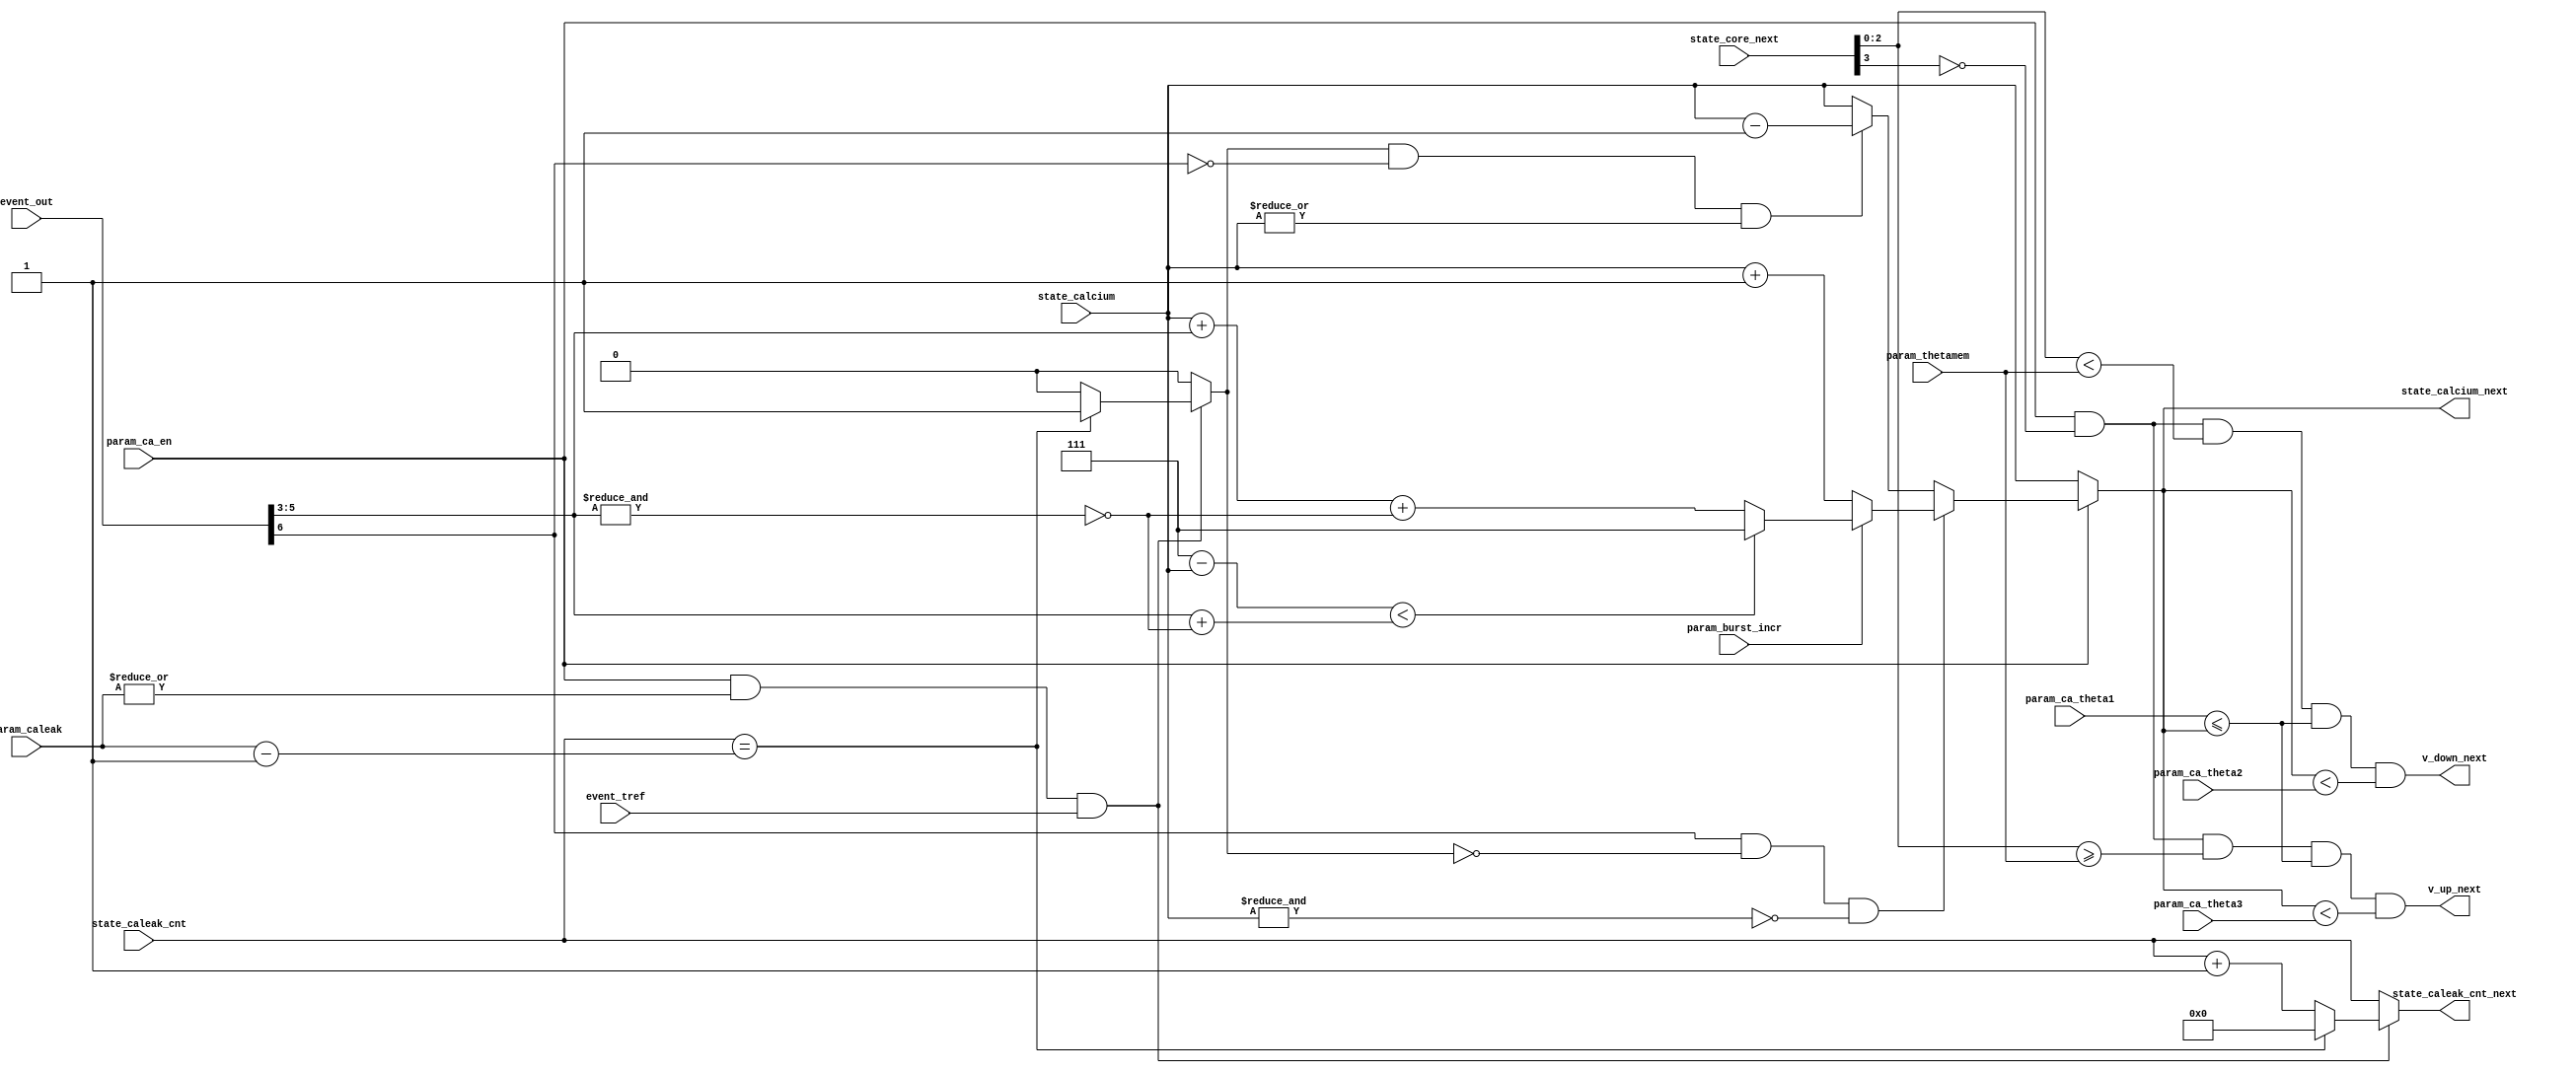
module izh_calcium ( 
    input  wire                 param_ca_en,             // calcium concentration enable parameter                                     [SDSP]
    input  wire [          2:0] param_thetamem,          // membrane threshold parameter                                               [SDSP]
    input  wire [          2:0] param_ca_theta1,         // calcium threshold 1 parameter                                              [SDSP]
    input  wire [          2:0] param_ca_theta2,         // calcium threshold 2 parameter                                              [SDSP]
    input  wire [          2:0] param_ca_theta3,         // calcium threshold 3 parameter                                              [SDSP]
    input  wire [          4:0] param_caleak,            // calcium leakage strength parameter                                         [SDSP]
    input  wire                 param_burst_incr,        // effective threshold and calcium incrementation by burst amount parameter  ([SDSP])
    input  wire [          2:0] state_calcium,           // calcium concentration state from SRAM                                      [SDSP]
    input  wire [          4:0] state_caleak_cnt,        // calcium leakage state from SRAM                                            [SDSP]
    input  wire [          3:0] state_core_next,         // next membrane potential state to SRAM
    input  wire [          6:0] event_out,               // neuron spike event output 
    input  wire                 event_tref,              // time reference event signal
    output wire                 v_up_next,               // next SDSP UP condition value                                               [SDSP]
    output wire                 v_down_next,             // next SDSP DOWN condition value                                             [SDSP]
    output reg  [          2:0] state_calcium_next,      // next calcium concentration state to SRAM                                   [SDSP]
    output reg  [          4:0] state_caleak_cnt_next    // next calcium leakage state to SRAM                                         [SDSP]
);


    reg    ca_leak;
    wire   spike_out;

    assign spike_out   = event_out[6];
    assign v_up_next   = param_ca_en && ~state_core_next[3] && (state_core_next[2:0] >= param_thetamem) && (param_ca_theta1 <= state_calcium_next) && (state_calcium_next < param_ca_theta3);
    assign v_down_next = param_ca_en && ~state_core_next[3] && (state_core_next[2:0] <  param_thetamem) && (param_ca_theta1 <= state_calcium_next) && (state_calcium_next < param_ca_theta2);

    always @(*) begin 
        if (param_ca_en) 
            if (spike_out && ~ca_leak && ~&state_calcium)
                state_calcium_next = param_burst_incr ? (((3'b111 - state_calcium) < (event_out[5:3] + {2'b0,~&event_out[5:3]})) ? 3'b111 : (state_calcium + event_out[5:3] + {2'b0,~&event_out[5:3]})) : (state_calcium + 3'b1);
            else if (ca_leak && ~spike_out && |state_calcium)
                state_calcium_next = state_calcium - 3'b1;
            else
                state_calcium_next = state_calcium;
        else
            state_calcium_next = state_calcium;
    end

    always @(*) begin 
        if (param_ca_en && |param_caleak && event_tref)
            if (state_caleak_cnt == (param_caleak - 5'b1)) begin
                state_caleak_cnt_next = 5'b0;
                ca_leak               = 1'b1;
            end else begin
                state_caleak_cnt_next = state_caleak_cnt + 5'b1;
                ca_leak               = 1'b0;
            end
        else begin
            state_caleak_cnt_next = state_caleak_cnt;
            ca_leak               = 1'b0;
        end
    end


endmodule